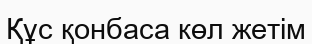
Құс қонбаса көл жетім